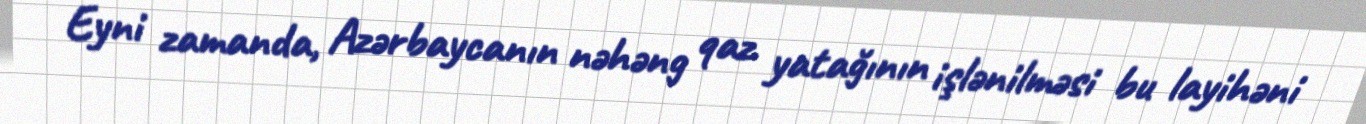
Eyni zamanda, Azərbaycanın nəhəng qaz yatağının işlənilməsi bu layihəni